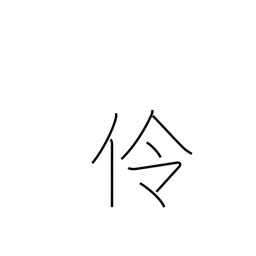
Meaning: actor